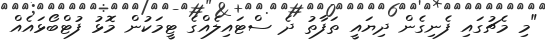
"މި މެޗުގައި ފެނިގެން ދިޔައީ ތަފާތު ދެ ސްޓައިލެއްގެ ޓީމަކުން މޮޅު ފުޓްބޯޅައެއް